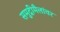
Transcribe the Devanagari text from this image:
समुद्रीमैलांवर